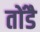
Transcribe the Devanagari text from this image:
तोंडै